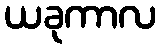
ယခုကာလ